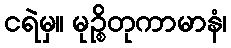
ငရဲမှ။ မုဉ္စိတုကာမာနံ၊